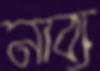
নাব্য